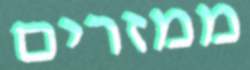
ממזרים